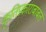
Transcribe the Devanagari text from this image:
कृतिप्रकाराबाबत